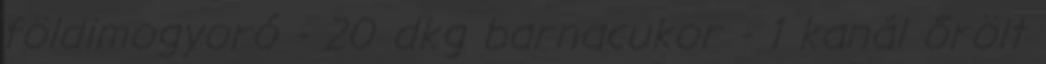
földimogyoró - 20 dkg barnacukor - 1 kanál őrölt